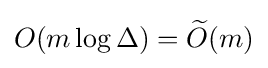
O(m\log \Delta )={\widetilde {O}}(m)